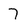
Character: 7